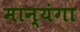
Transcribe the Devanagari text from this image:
मान्यंगा